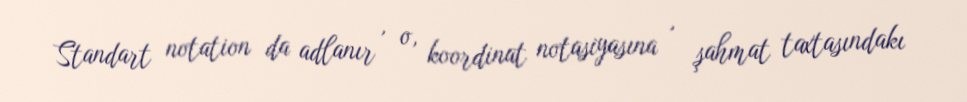
Standart notation da adlanır , o, koordinat notasiyasına , şahmat taxtasındakı